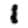
Digit: 1